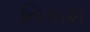
નિકાશ